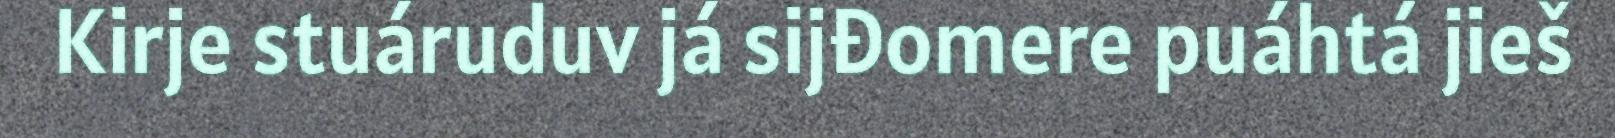
Kirje stuáruduv já sijđomere puáhtá jieš